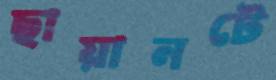
ছায়ানটে